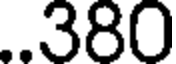
..380